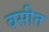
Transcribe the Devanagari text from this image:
वसीत